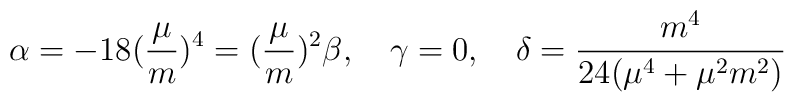
\alpha = -18(\frac{\mu}{m})^{4} = (\frac{\mu}{m})^{2}\beta, \quad \gamma = 0,\quad \delta = \frac{m^{4}}{24(\mu^{4} + \mu^{2}m^{2})}